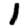
Digit: 1